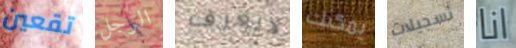
تقعين الرجل لايعرف يمكنك تسجيلات انا